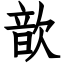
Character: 歆